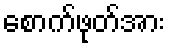
စောက်ဖုတ်အား